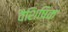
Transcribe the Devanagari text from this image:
वैशिषिक